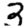
Digit: 3